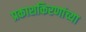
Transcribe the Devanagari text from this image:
प्रकाशकिरणांच्या